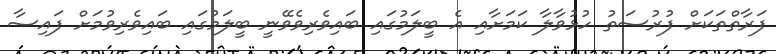
ފަރާތްތަކަށް ފުރުސަތު ހުޅުވާލާ ކަމަށާއި އެ ބީލަމުގައި ބައިވެރިވެވޭނީ ބީލަމުގައި ބައިވެރިވުމަށް ފައިސާ